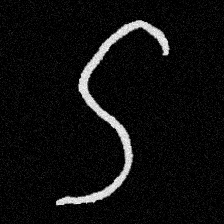
Pyu character \u2014 Myanmar letter: ဌ (romanized: ttha)